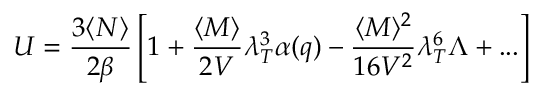
U = \frac { 3 \langle N \rangle } { 2 \beta } \left[ 1 + \frac { \langle M \rangle } { 2 V } \lambda _ { T } ^ { 3 } \alpha ( q ) - \frac { \langle M \rangle ^ { 2 } } { 1 6 V ^ { 2 } } \lambda _ { T } ^ { 6 } \Lambda + . . . \right]